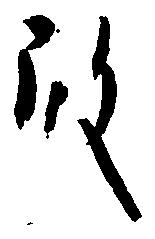
殿